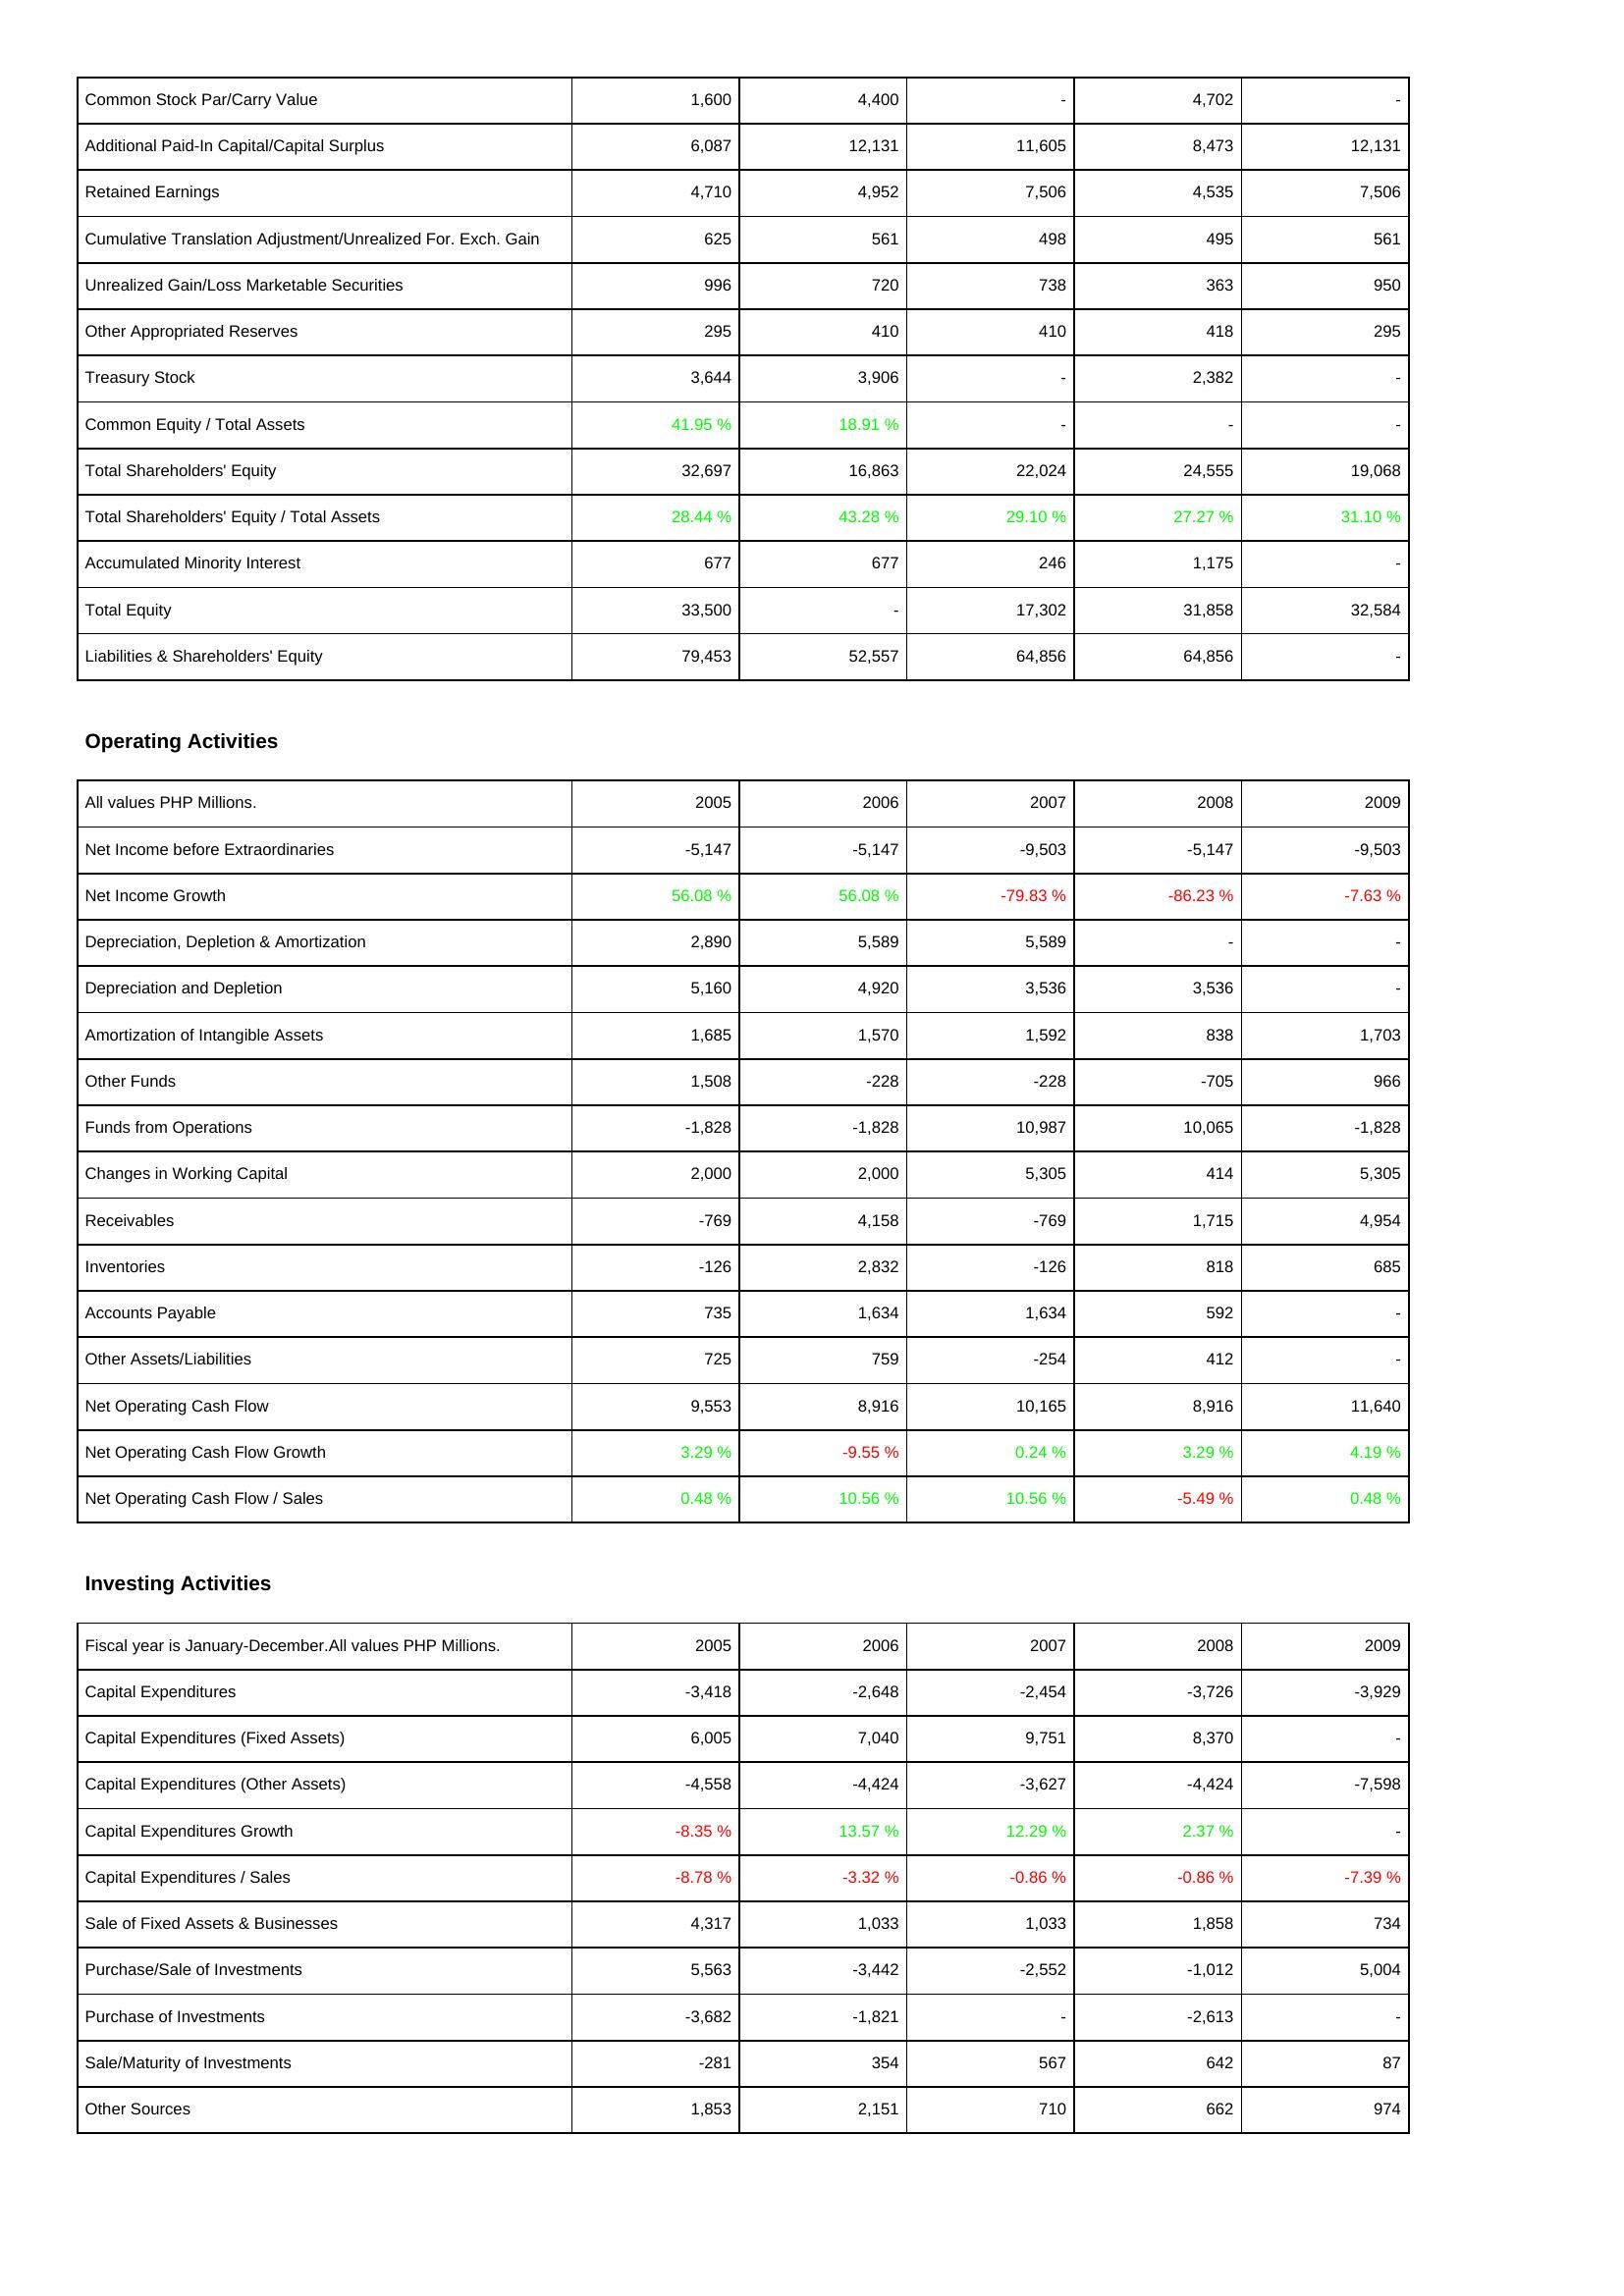
2005: Liabilities & Shareholders' Equity: Common Stock Par/Carry Value: 1,600
Additional Paid-In Capital/Capital Surplus: 6,087
Retained Earnings: 4,710
Cumulative Translation Adjustment/Unrealized For. Exch. Gain: 625
Unrealized Gain/Loss Marketable Securities: 996
Other Appropriated Reserves: 295
Treasury Stock: 3,644
Common Equity / Total Assets: 41.95 %
Total Shareholders' Equity: 32,697
Total Shareholders' Equity / Total Assets: 28.44 %
Accumulated Minority Interest: 677
Total Equity: 33,500
Liabilities & Shareholders' Equity: 79,453
Operating Activities: Net Income before Extraordinaries: -5,147
Net Income Growth: 56.08 %
Depreciation, Depletion & Amortization: 2,890
Depreciation and Depletion: 5,160
Amortization of Intangible Assets: 1,685
Other Funds: 1,508
Funds from Operations: -1,828
Changes in Working Capital: 2,000
Receivables: -769
Inventories: -126
Accounts Payable: 735
Other Assets/Liabilities: 725
Net Operating Cash Flow: 9,553
Net Operating Cash Flow Growth: 3.29 %
Net Operating Cash Flow / Sales: 0.48 %
Investing Activities: Capital Expenditures: -3,418
Capital Expenditures (Fixed Assets): 6,005
Capital Expenditures (Other Assets): -4,558
Capital Expenditures Growth: -8.35 %
Capital Expenditures / Sales: -8.78 %
Sale of Fixed Assets & Businesses: 4,317
Purchase/Sale of Investments: 5,563
Purchase of Investments: -3,682
Sale/Maturity of Investments: -281
Other Sources: 1,853
2006: Liabilities & Shareholders' Equity: Common Stock Par/Carry Value: 4,400
Additional Paid-In Capital/Capital Surplus: 12,131
Retained Earnings: 4,952
Cumulative Translation Adjustment/Unrealized For. Exch. Gain: 561
Unrealized Gain/Loss Marketable Securities: 720
Other Appropriated Reserves: 410
Treasury Stock: 3,906
Common Equity / Total Assets: 18.91 %
Total Shareholders' Equity: 16,863
Total Shareholders' Equity / Total Assets: 43.28 %
Accumulated Minority Interest: 677
Total Equity: -
Liabilities & Shareholders' Equity: 52,557
Operating Activities: Net Income before Extraordinaries: -5,147
Net Income Growth: 56.08 %
Depreciation, Depletion & Amortization: 5,589
Depreciation and Depletion: 4,920
Amortization of Intangible Assets: 1,570
Other Funds: -228
Funds from Operations: -1,828
Changes in Working Capital: 2,000
Receivables: 4,158
Inventories: 2,832
Accounts Payable: 1,634
Other Assets/Liabilities: 759
Net Operating Cash Flow: 8,916
Net Operating Cash Flow Growth: -9.55 %
Net Operating Cash Flow / Sales: 10.56 %
Investing Activities: Capital Expenditures: -2,648
Capital Expenditures (Fixed Assets): 7,040
Capital Expenditures (Other Assets): -4,424
Capital Expenditures Growth: 13.57 %
Capital Expenditures / Sales: -3.32 %
Sale of Fixed Assets & Businesses: 1,033
Purchase/Sale of Investments: -3,442
Purchase of Investments: -1,821
Sale/Maturity of Investments: 354
Other Sources: 2,151
2007: Liabilities & Shareholders' Equity: Common Stock Par/Carry Value: -
Additional Paid-In Capital/Capital Surplus: 11,605
Retained Earnings: 7,506
Cumulative Translation Adjustment/Unrealized For. Exch. Gain: 498
Unrealized Gain/Loss Marketable Securities: 738
Other Appropriated Reserves: 410
Treasury Stock: -
Common Equity / Total Assets: -
Total Shareholders' Equity: 22,024
Total Shareholders' Equity / Total Assets: 29.10 %
Accumulated Minority Interest: 246
Total Equity: 17,302
Liabilities & Shareholders' Equity: 64,856
Operating Activities: Net Income before Extraordinaries: -9,503
Net Income Growth: -79.83 %
Depreciation, Depletion & Amortization: 5,589
Depreciation and Depletion: 3,536
Amortization of Intangible Assets: 1,592
Other Funds: -228
Funds from Operations: 10,987
Changes in Working Capital: 5,305
Receivables: -769
Inventories: -126
Accounts Payable: 1,634
Other Assets/Liabilities: -254
Net Operating Cash Flow: 10,165
Net Operating Cash Flow Growth: 0.24 %
Net Operating Cash Flow / Sales: 10.56 %
Investing Activities: Capital Expenditures: -2,454
Capital Expenditures (Fixed Assets): 9,751
Capital Expenditures (Other Assets): -3,627
Capital Expenditures Growth: 12.29 %
Capital Expenditures / Sales: -0.86 %
Sale of Fixed Assets & Businesses: 1,033
Purchase/Sale of Investments: -2,552
Purchase of Investments: -
Sale/Maturity of Investments: 567
Other Sources: 710
2008: Liabilities & Shareholders' Equity: Common Stock Par/Carry Value: 4,702
Additional Paid-In Capital/Capital Surplus: 8,473
Retained Earnings: 4,535
Cumulative Translation Adjustment/Unrealized For. Exch. Gain: 495
Unrealized Gain/Loss Marketable Securities: 363
Other Appropriated Reserves: 418
Treasury Stock: 2,382
Common Equity / Total Assets: -
Total Shareholders' Equity: 24,555
Total Shareholders' Equity / Total Assets: 27.27 %
Accumulated Minority Interest: 1,175
Total Equity: 31,858
Liabilities & Shareholders' Equity: 64,856
Operating Activities: Net Income before Extraordinaries: -5,147
Net Income Growth: -86.23 %
Depreciation, Depletion & Amortization: -
Depreciation and Depletion: 3,536
Amortization of Intangible Assets: 838
Other Funds: -705
Funds from Operations: 10,065
Changes in Working Capital: 414
Receivables: 1,715
Inventories: 818
Accounts Payable: 592
Other Assets/Liabilities: 412
Net Operating Cash Flow: 8,916
Net Operating Cash Flow Growth: 3.29 %
Net Operating Cash Flow / Sales: -5.49 %
Investing Activities: Capital Expenditures: -3,726
Capital Expenditures (Fixed Assets): 8,370
Capital Expenditures (Other Assets): -4,424
Capital Expenditures Growth: 2.37 %
Capital Expenditures / Sales: -0.86 %
Sale of Fixed Assets & Businesses: 1,858
Purchase/Sale of Investments: -1,012
Purchase of Investments: -2,613
Sale/Maturity of Investments: 642
Other Sources: 662
2009: Liabilities & Shareholders' Equity: Common Stock Par/Carry Value: -
Additional Paid-In Capital/Capital Surplus: 12,131
Retained Earnings: 7,506
Cumulative Translation Adjustment/Unrealized For. Exch. Gain: 561
Unrealized Gain/Loss Marketable Securities: 950
Other Appropriated Reserves: 295
Treasury Stock: -
Common Equity / Total Assets: -
Total Shareholders' Equity: 19,068
Total Shareholders' Equity / Total Assets: 31.10 %
Accumulated Minority Interest: -
Total Equity: 32,584
Liabilities & Shareholders' Equity: -
Operating Activities: Net Income before Extraordinaries: -9,503
Net Income Growth: -7.63 %
Depreciation, Depletion & Amortization: -
Depreciation and Depletion: -
Amortization of Intangible Assets: 1,703
Other Funds: 966
Funds from Operations: -1,828
Changes in Working Capital: 5,305
Receivables: 4,954
Inventories: 685
Accounts Payable: -
Other Assets/Liabilities: -
Net Operating Cash Flow: 11,640
Net Operating Cash Flow Growth: 4.19 %
Net Operating Cash Flow / Sales: 0.48 %
Investing Activities: Capital Expenditures: -3,929
Capital Expenditures (Fixed Assets): -
Capital Expenditures (Other Assets): -7,598
Capital Expenditures Growth: -
Capital Expenditures / Sales: -7.39 %
Sale of Fixed Assets & Businesses: 734
Purchase/Sale of Investments: 5,004
Purchase of Investments: -
Sale/Maturity of Investments: 87
Other Sources: 974